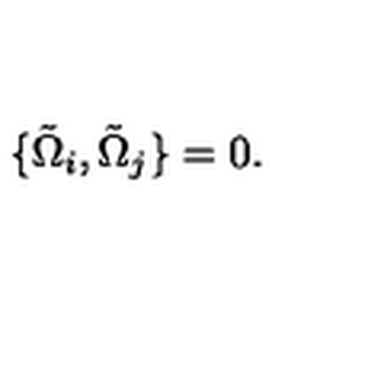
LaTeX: \{ \tilde { \Omega } _ { i } , \tilde { \Omega } _ { j } \} = 0 .